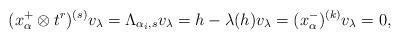
LaTeX: \begin{align*}(x_\alpha^+\otimes t^r)^{(s)} v_\lambda= \Lambda_{\alpha_i,s} v_\lambda = h- \lambda(h) v_\lambda=(x_\alpha^-)^{(k)}v_\lambda=0, \end{align*}